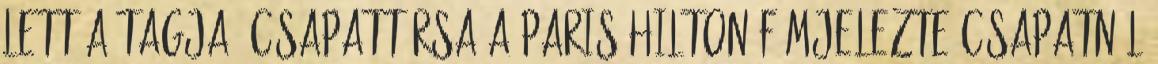
lett a tagja. Csapattársa a Paris Hilton fémjelezte csapatnál